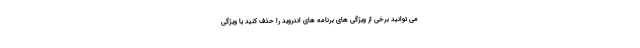
می توانید برخی از ویژگی های برنامه های اندروید را حذف کنید یا ویژگی